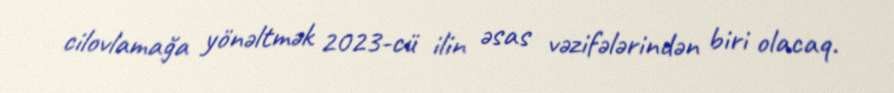
cilovlamağa yönəltmək 2023-cü ilin əsas vəzifələrindən biri olacaq.